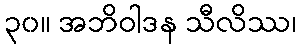
၃၀။ အဘိဝါဒန သီလိဿ၊